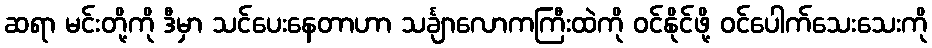
ဆရာ မင်းတို့ကို ဒီမှာ သင်ပေးနေတာဟာ သင်္ချာလောကကြီးထဲကို ဝင်နိုင်ဖို့ ဝင်ပေါက်သေးသေးကို